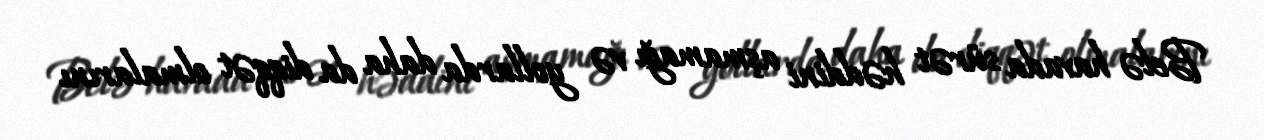
Belə havada sürət həddini aşmamağı və yollarda daha da diqqət olmalarını